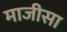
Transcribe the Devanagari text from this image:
माजीसा